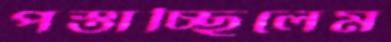
পস্তাচ্ছিলেম